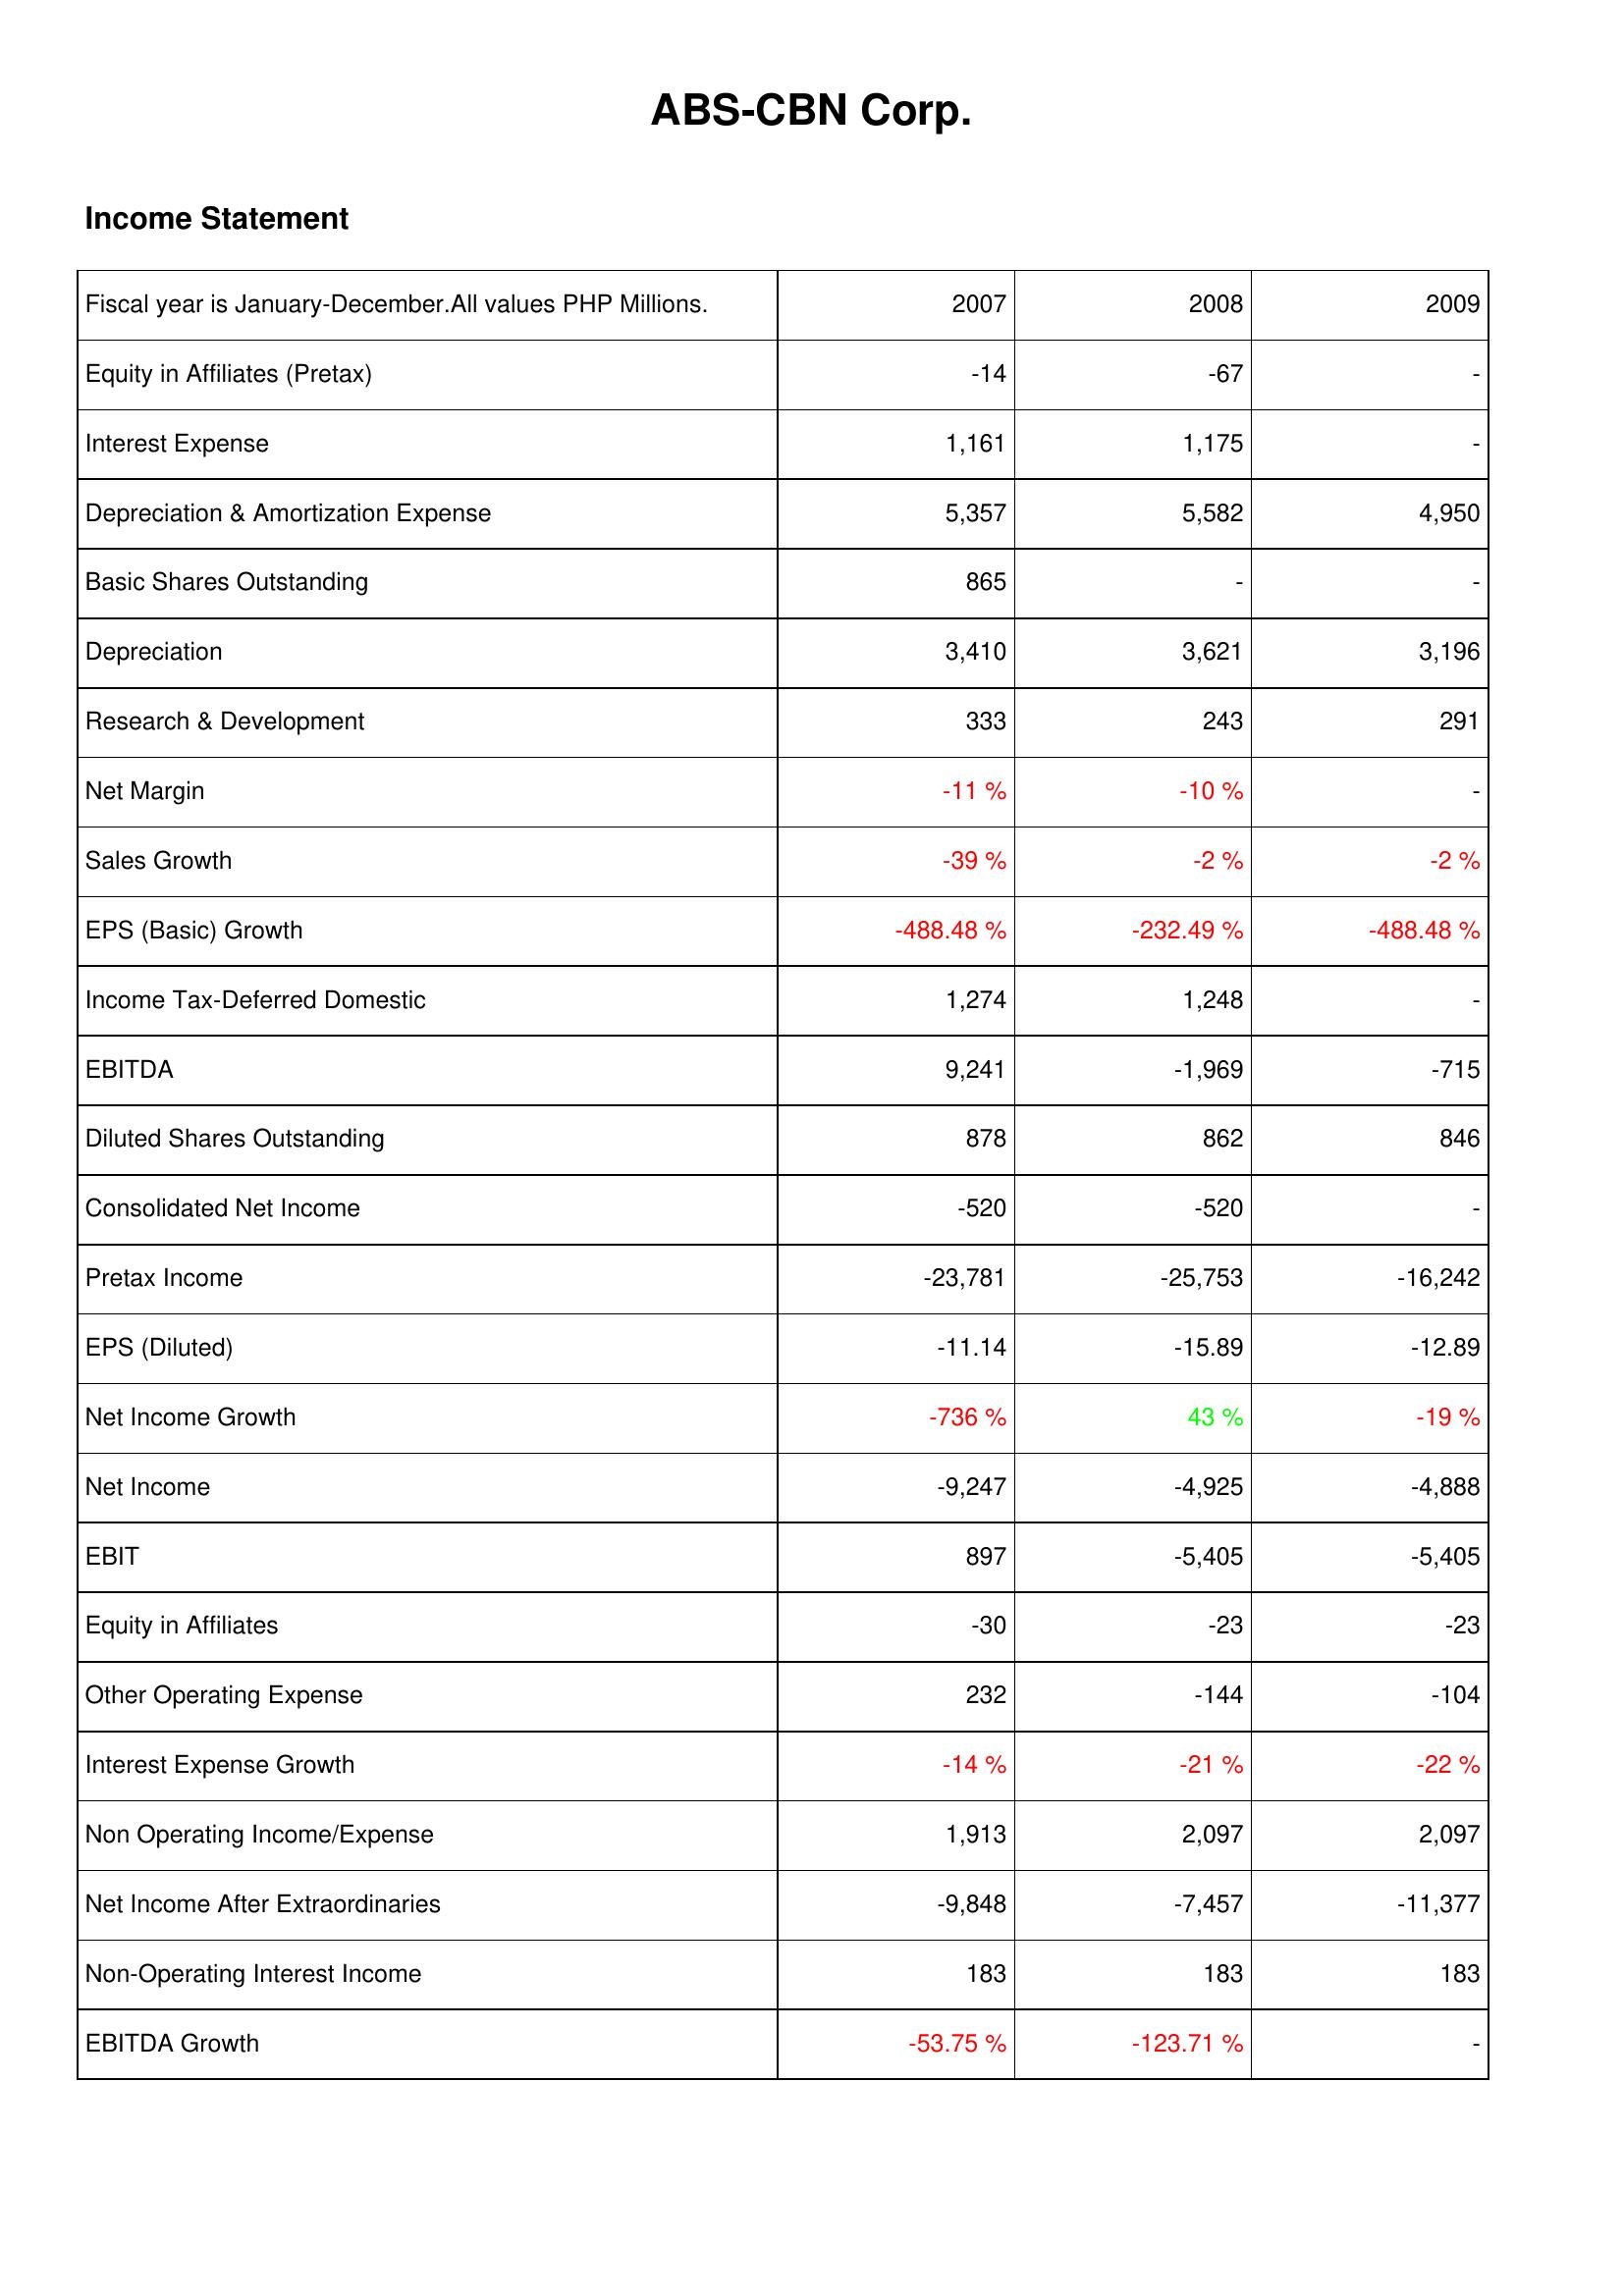
2007: Income Statement: Equity in Affiliates (Pretax): -14
Interest Expense: 1,161
Depreciation & Amortization Expense: 5,357
Basic Shares Outstanding: 865
Depreciation: 3,410
Research & Development: 333
Net Margin: -11 %
Sales Growth: -39 %
EPS (Basic) Growth: -488.48 %
Income Tax-Deferred Domestic: 1,274
EBITDA: 9,241
Diluted Shares Outstanding: 878
Consolidated Net Income: -520
Pretax Income: -23,781
EPS (Diluted): -11.14
Net Income Growth: -736 %
Net Income: -9,247
EBIT: 897
Equity in Affiliates: -30
Other Operating Expense: 232
Interest Expense Growth: -14 %
Non Operating Income/Expense: 1,913
Net Income After Extraordinaries: -9,848
Non-Operating Interest Income: 183
EBITDA Growth: -53.75 %
2008: Income Statement: Equity in Affiliates (Pretax): -67
Interest Expense: 1,175
Depreciation & Amortization Expense: 5,582
Basic Shares Outstanding: -
Depreciation: 3,621
Research & Development: 243
Net Margin: -10 %
Sales Growth: -2 %
EPS (Basic) Growth: -232.49 %
Income Tax-Deferred Domestic: 1,248
EBITDA: -1,969
Diluted Shares Outstanding: 862
Consolidated Net Income: -520
Pretax Income: -25,753
EPS (Diluted): -15.89
Net Income Growth: 43 %
Net Income: -4,925
EBIT: -5,405
Equity in Affiliates: -23
Other Operating Expense: -144
Interest Expense Growth: -21 %
Non Operating Income/Expense: 2,097
Net Income After Extraordinaries: -7,457
Non-Operating Interest Income: 183
EBITDA Growth: -123.71 %
2009: Income Statement: Equity in Affiliates (Pretax): -
Interest Expense: -
Depreciation & Amortization Expense: 4,950
Basic Shares Outstanding: -
Depreciation: 3,196
Research & Development: 291
Net Margin: -
Sales Growth: -2 %
EPS (Basic) Growth: -488.48 %
Income Tax-Deferred Domestic: -
EBITDA: -715
Diluted Shares Outstanding: 846
Consolidated Net Income: -
Pretax Income: -16,242
EPS (Diluted): -12.89
Net Income Growth: -19 %
Net Income: -4,888
EBIT: -5,405
Equity in Affiliates: -23
Other Operating Expense: -104
Interest Expense Growth: -22 %
Non Operating Income/Expense: 2,097
Net Income After Extraordinaries: -11,377
Non-Operating Interest Income: 183
EBITDA Growth: -